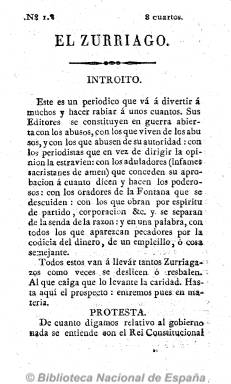
Título: El Zurriago (Madrid. 1821)
Colección: Periódicos anteriores a 1850 || Revistas satíricas y humorísticas
Ámbito geográfico: Madrid
Lugar de publicación: Madrid
Fechas: 01/01/1821-31/12/1823

Es uno de los ejemplos más eximios de la prolongación del espíritu de la prensa doceañista y símbolo del Trienio Liberal, como portavoz de la exaltación del liberalismo español. Creador de un nuevo estilo periodístico que, además de ser imitado profusamente durante el periodo, se prolongará a lo largo de la historia del periodismo español. Con un lenguaje periodístico tremendamente moderno, en palabras de Ángel Romera, por la riqueza de sus procedimientos literarios, la calidad de su pluma satírica y la contundencia de su mensaje político, es ligero, tremendamente mordaz, usa la concisión irónica y sentenciosa, los refranes y coplas y las cancioncillas populares, según señalan Sánchez Aranda y Barrera del Barrio.

Sus editores y principales redactores son los comuneros Félix Mejía (1778-1853) y Benigno Morales (1795-1824), cuyo ejercicio de la libertad de imprenta les valió denuncias, prisión y ataques personales, que crearon un lenguaje popular que los identificaba como los “descamisados”, los “gorros” o “zurriaguistas”. Morales terminaría siendo fusilado. También colaboran Atanasio Lescura, Antonio Solana, Eugenio Romero, Ramón Ponsico, José Martínez, Benito Romero o José Sáenz Urraca.

Ya su título se refiere al látigo con que se flageló desde sus páginas al propio Rey, a los absolutistas y a los moderados (para los que acuñó los calificativos de “pasteleros”, “anilleros” o “mandarines”), pero también a los liberales templados y los masones, inaugurando el periodismo de investigación al destapar la corrupción gubernamental o la de jueces y otros periodistas y periódicos, a la vez que intentaba moralizar el poder, lo que le convirtió en un periódico vivo y profundamente creador que popularizó el liberalismo, a juicio de Alberto Gil Novales.

Debió comenzar a editarse durante el último trimestre de 1821 y su vida se prolongó durante todo el periodo, hasta el primer trimestre de 1823. Sin periodicidad fija y sin indicación de fecha en sus números de mínimo tamaño, aunque casi con una frecuencia semanal, aprovechaba los principales acontecimientos políticos o la salida de prisión de sus redactores para sacarlo a la luz. En total editó 95 números, generalmente, de 16 páginas, los últimos dobles y algunos anteriores triples o cuádruples, entre 34 y 64 páginas, estampados en las imprentas de Antonio Fernández y en la de la Minerva Española, a cargo de J. Fernández, en la de Antonio Martínez, entre otras, y en una propia, a cargo de M.R. y Cerro., al final. Editó asimismo un prospecto, también sin fecha y de 16 páginas, y suplementos de cuatro páginas de difusión gratuita.

Tras la salida del gobierno de Madrid, en su último número, con la llegada del Rey a Sevilla, a mediados de abril, se señala que el periódico no se sabe en que ciudad se seguirá imprimiendo, terminando con un “Viva la Constitución de 1812”, siendo continuado por El zurriago (Cádiz).

----

Los números 21 - 59/60 se digitalizaron de tres volúmenes aportados por Tecnodoc, no de los que conserva la BNE.

[Descripción modificada el 16/8/2022]